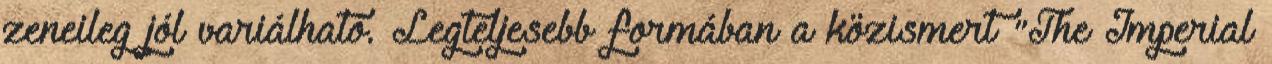
zeneileg jól variálható. Legteljesebb formában a közismert "The Imperial